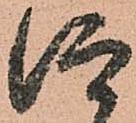
仰